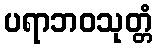
ပရာဘဝသုတ္တံ